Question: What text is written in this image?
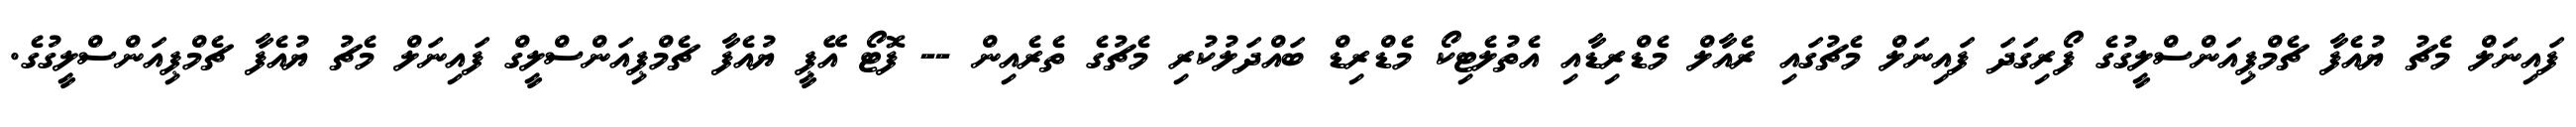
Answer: ފައިނަލް މެޗު ޔުއެފާ ޗެމްޕިއަންސްލީގުގެ ފޯރިގަދަ ފައިނަލް މެޗުގައި ރެއާލް މެޑްރިޑާއި އެތުލެޓިކޯ މެޑްރިޑް ބައްދަލުކުރި މެޗުގެ ތެރެއިން -- ފޮޓޯ އޭޕީ ޔުއެފާ ޗެމްޕިއަންސްލީގް ފައިނަލް މެޗު ޔުއެފާ ޗެމްޕިއަންސްލީގުގެ.